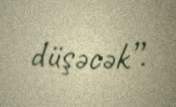
düşəcək”.